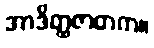
အာဒိတ္ထဇာတက။